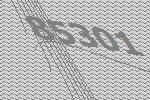
85301